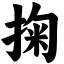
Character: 掬